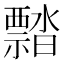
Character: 𬓜